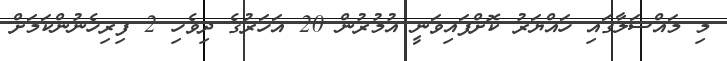
މި މައްސަލާގައި ހައްޔަރު ކޮށްފައިވަނީ އުމުރުން 20 އަހަރުގެ ދިވެހި 2 ފިރިހެނުންކަމަށް